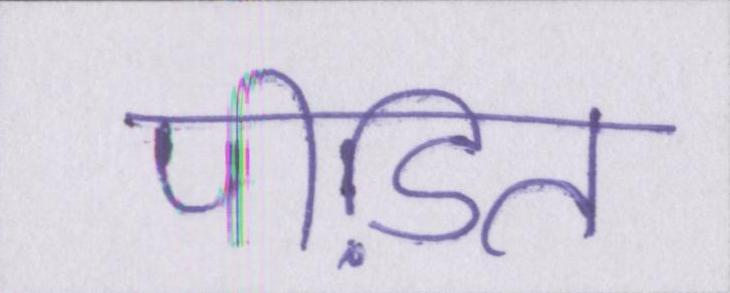
पीडि़त